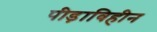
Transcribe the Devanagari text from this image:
पीड़ाविहीन